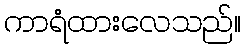
ကာရံထားလေသည်။